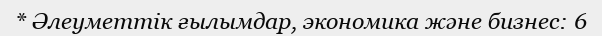
* Әлеуметтік ғылымдар, экономика және бизнес: 6